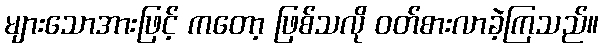
များသောအားဖြင့် ကတော့ ဖြစ်သလို ဝတ်စားလာခဲ့ကြသည်။